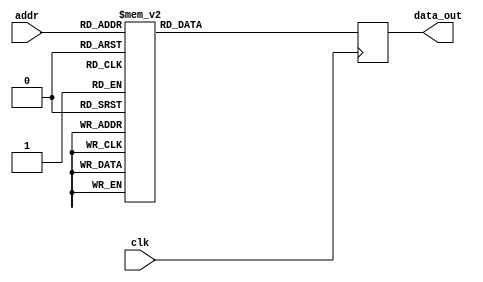
module twiddle_ROM_img_1 (
    input wire clk,
    input wire [4:0] addr,
    output reg [15:0] data_out
);

always @(posedge clk) begin
    case(addr)

        5'b00000: data_out <= 16'h0000 ;
        5'b00001: data_out <= 16'h0000 ;
        5'b00010: data_out <= 16'h0000 ;
        5'b00011: data_out <= 16'h0000 ;
        5'b00100: data_out <= 16'h0000 ;
        5'b00101: data_out <= 16'h0100 ;
        5'b00110: data_out <= 16'h0000 ;
        5'b00111: data_out <= 16'h0100 ;
        5'b01000: data_out <= 16'h0000 ;
        5'b01001: data_out <= 16'h00B5 ;
        5'b01010: data_out <= 16'h0100 ;
        5'b01011: data_out <= 16'h00B5 ;
        5'b01100: data_out <= 16'h0100 ;
        5'b01101: data_out <= 16'h00EC ;
        5'b01110: data_out <= 16'h00B5 ;
        5'b01111: data_out <= 16'h0061 ;
        5'b10000: data_out <= 16'h00B5 ;
        5'b10001: data_out <= 16'h00D4 ;
        5'b10010: data_out <= 16'h00EC ;
        5'b10011: data_out <= 16'h00FB ;
        5'b10100: data_out <= 16'h0061 ;
        5'b10101: data_out <= 16'h0078 ;
        5'b10110: data_out <= 16'h008E ;
        5'b10111: data_out <= 16'h00A2 ;
        5'b11000: data_out <= 16'h0031 ;
        5'b11001: data_out <= 16'h003E ;
        5'b11010: data_out <= 16'h004A ;
        5'b11011: data_out <= 16'h0056 ;
        default: data_out <= 16'h0000;
    endcase
end

endmodule